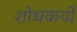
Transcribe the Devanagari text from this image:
शोधकर्यों